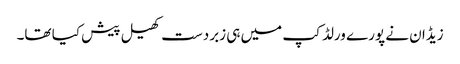
زیڈان نے پورے ورلڈ کپ میں ہی زبردست کھیل پیش کیا تھا۔